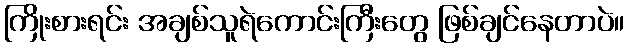
ကြိုးစားရင်း အချစ်သူရဲကောင်းကြီးတွေ ဖြစ်ချင်နေတာပဲ။